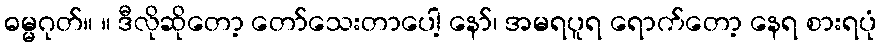
ဓမ္မဂုတ်။ ။ ဒီလိုဆိုတော့ တော်သေးတာပေါ့ နော်၊ အမရပူရ ရောက်တော့ နေရ စားရပုံ